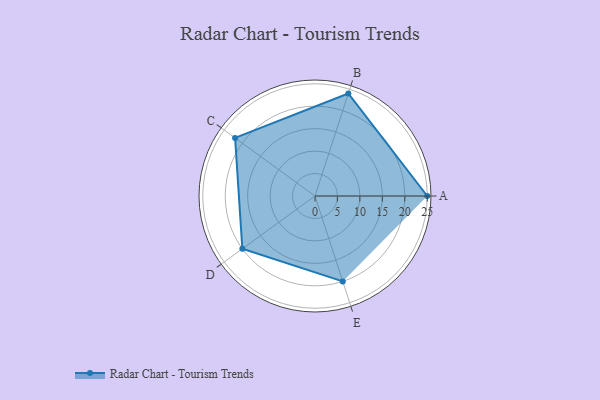
{"axis": {"x": "Skill", "y": "Score"}, "legend": ["Profile"], "data": [{"x": "A", "y": 25.0, "type": "Profile"}, {"x": "B", "y": 24.0, "type": "Profile"}, {"x": "C", "y": 22.0, "type": "Profile"}, {"x": "D", "y": 20, "type": "Profile"}, {"x": "E", "y": 20, "type": "Profile"}]}